Regulations for the medical services of the Army of India
Year: 1930
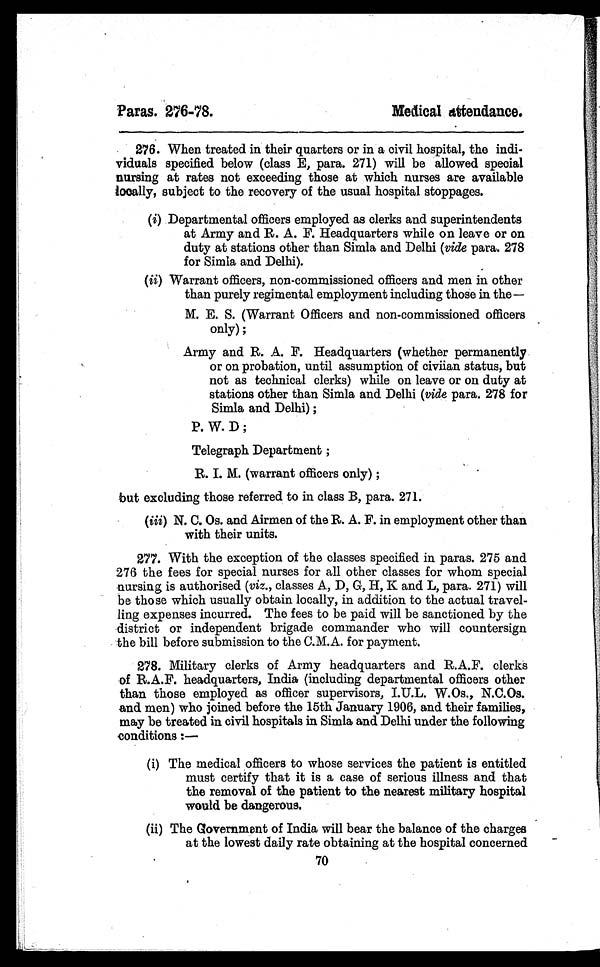
Paras. 276-78.
Medical atttendance.
276. When treated in their quarters or in a civil hospital, the indi-
viduals specified below (class E, para. 271) will be allowed special
nursing at rates not exceeding those at which nurses are available
locally, subject to the recovery of the usual hospital stoppages.
(i) Departmental officers employed as clerks and superintendents
at Army and R. A. F. Headquarters while on leave or on
duty at stations other than Simla and Delhi (vide para. 278
for Simla and Delhi).
(ii) Warrant officers, non-commissioned officers and men in other
than purely regimental employment including those in the ―
M. E. S. (Warrant Officers and non-commissioned officers
only) ;
Army and R. A. F. Headquarters (whether permanently
or on probation, until assumption of civiian status, but
not as technical clerks) while on leave or on duty at
stations other than Simla and Delhi (vide para. 278 for
Simla and Delhi) ;
P. W. D ;
Telegraph Department ;
R. I. M. (warrant officers only) ;
but excluding those referred to in class B, para. 271.
(iii) N. C. Os. and Airmen of the R. A. F. in employment other than
with their units.
277. With the exception of the classes specified in paras. 275 and
276 the fees for special nurses for all other classes for whom special
nursing is authorised ( viz., classes A, D, G, H, K and L, para. 271) will
be those which usually obtain locally, in addition to the actual travel-
ling expenses incurred. The fees to be paid will be sanctioned by the
district or independent brigade commander who will countersign
the bill before submission to the C.M.A. for payment.
278. Military clerks of Army headquarters and R.A.F. clerks
of R.A.F. headquarters, India (including departmental officers other
than those employed as officer supervisors, I.U.L. W.Os.,N.C.Os.
and men) who joined before the 15th January 1906, and their families,
may be treated in civil hospitals in Simla and Delhi under the following
conditions :—
(i) The medical officers to whose services the patient is entitled
must certify that it is a case of serious illness and that
the removal of the patient to the nearest military hospital
would be dangerous.
(ii) The Government of India will bear the balance of the charges
at the lowest daily rate obtaining at the hospital concerned
70